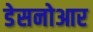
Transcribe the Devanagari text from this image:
डेसनोआर